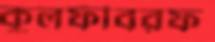
কুলফীবরফ